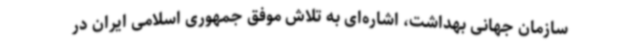
سازمان جهانی بهداشت، اشاره‌ای به تلاش موفق جمهوری اسلامی ایران در